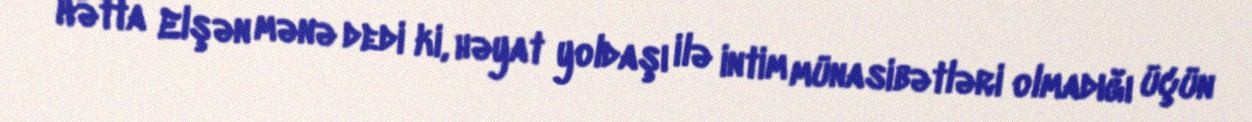
Hətta Elşən mənə dedi ki, həyat yoldaşı ilə intim münasibətləri olmadığı üçün